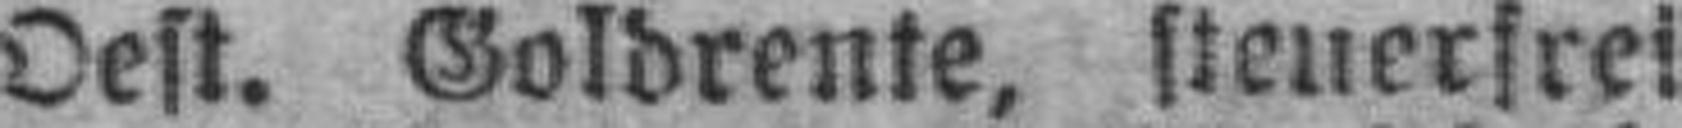
Oest. Goldrente, Steuerfrei